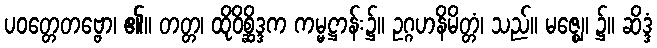
ပဝတ္တေတဗ္ဗော၊ ၏။ တတ္တ၊ ထိုဝိစ္ဆိဒ္ဒက ကမ္မဋ္ဌာန်း၌။ ဥဂ္ဂဟနိမိတ္တံ၊ သည်။ မဇ္ဈေ၊ ၌။ ဆိဒ္ဒံ